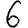
Digit: 6